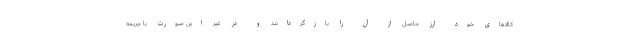
کالاهای خود ارز حاصل از آن را بازگردانند و در غیر این صورت با جریمه